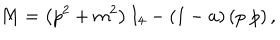
LaTeX: M = \left( p ^ { 2 } + m ^ { 2 } \right) I _ { 4 } - ( 1 - a ) \left( p _ { \cdot } p \right) ,